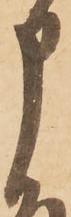
申